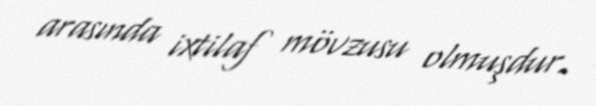
arasında ixtilaf mövzusu olmuşdur.